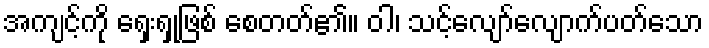
အကျင့်ကို ရှေးရှုဖြစ် စေတတ်၏။ ဝါ၊ သင့်လျော်လျောက်ပတ်သော